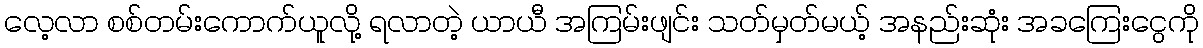
လေ့လာ စစ်တမ်းကောက်ယူလို့ ရလာတဲ့ ယာယီ အကြမ်းဖျင်း သတ်မှတ်မယ့် အနည်းဆုံး အခကြေးငွေကို